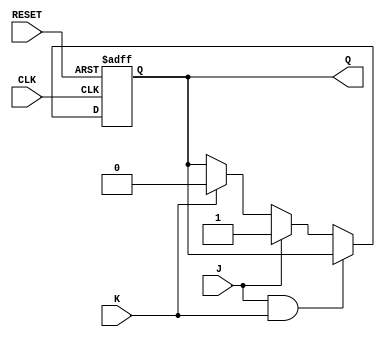
module jkff (
    input J,      // Data input
    input K,      // Data input
    input CLK,    // Clock input
    input RESET,  // Asynchronous reset, active high
    output reg Q  // Output
);

    always @(posedge CLK or posedge RESET) begin
        if (RESET) begin
            Q <= 1'b0; // Reset the flip-flop
        end else begin
            if (J && K) begin
                // Do nothing when both J and K are asserted
            end else if (J) begin
                Q <= 1'b1; // Set Q when J is asserted
            end else if (K) begin
                Q <= 1'b0; // Reset Q when K is asserted
            end else begin
                Q <= Q; // No change when both J and K are deasserted
            end
        end
    end

endmodule